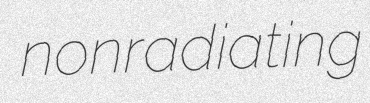
nonradiating